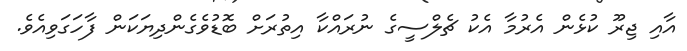
އާއި ޖިރޫ ކުޅެން އެރުމާ އެކު ޗެލްސީގެ ނުރައްކާ އިތުރަށް ބޮޑުވެގެންދިޔަކަން ފާހަގަވިއެވެ.